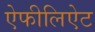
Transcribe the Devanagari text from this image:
ऐफीलिऐट